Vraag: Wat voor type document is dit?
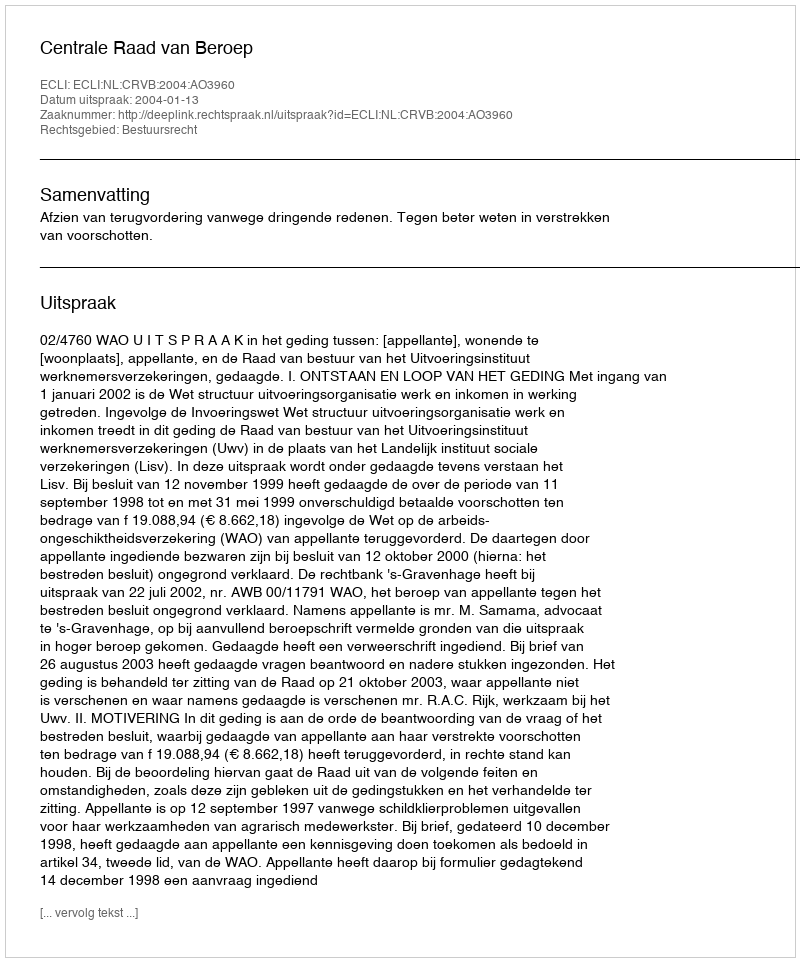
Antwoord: Uitspraak